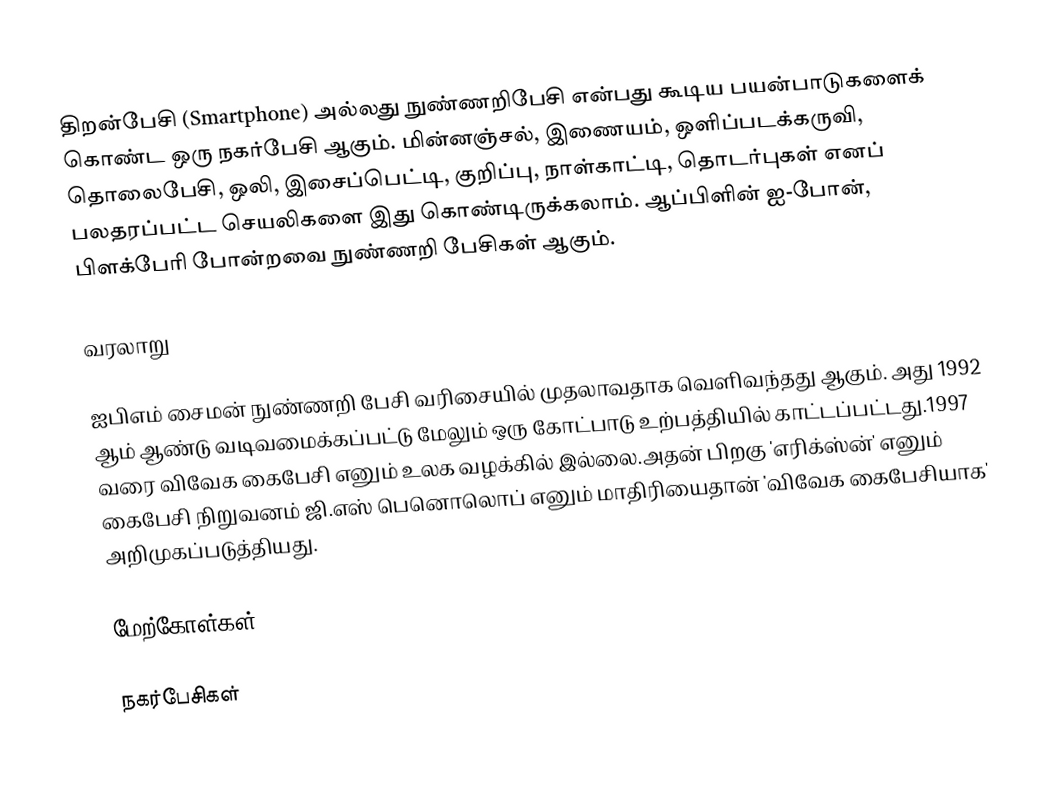
திறன்பேசி (Smartphone) அல்லது நுண்ணறிபேசி என்பது கூடிய பயன்பாடுகளைக் கொண்ட ஒரு நகர்பேசி ஆகும். மின்னஞ்சல், இணையம், ஒளிப்படக்கருவி, தொலைபேசி, ஒலி, இசைப்பெட்டி, குறிப்பு, நாள்காட்டி, தொடர்புகள் எனப் பலதரப்பட்ட செயலிகளை இது கொண்டிருக்கலாம். ஆப்பிளின் ஐ-போன், பிளக்பேரி போன்றவை நுண்ணறி பேசிகள் ஆகும்.

வரலாறு

ஐபிஎம் சைமன் நுண்ணறி பேசி வரிசையில் முதலாவதாக வெளிவந்தது ஆகும். அது 1992 ஆம் ஆண்டு வடிவமைக்கப்பட்டு மேலும் ஒரு கோட்பாடு உற்பத்தியில் காட்டப்பட்டது.1997 வரை விவேக கைபேசி எனும் உலக வழக்கில் இல்லை.அதன் பிறகு 'எரிக்ஸ்ன்' எனும் கைபேசி நிறுவனம் ஜி.எஸ் பெனொலொப் எனும் மாதிரியைதான் 'விவேக கைபேசியாக' அறிமுகப்படுத்தியது.

மேற்கோள்கள்

நகர்பேசிகள்